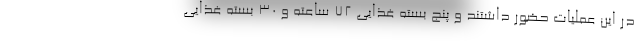
در این عملیات حضور داشتند و پنج بسته غذایی ۷۲ ساعته و ۳۰ بسته غذایی